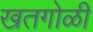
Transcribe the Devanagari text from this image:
खतगोळी